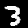
Digit: 3